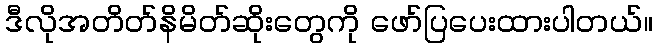
ဒီလိုအတိတ်နိမိတ်ဆိုးတွေကို ဖော်ပြပေးထားပါတယ်။